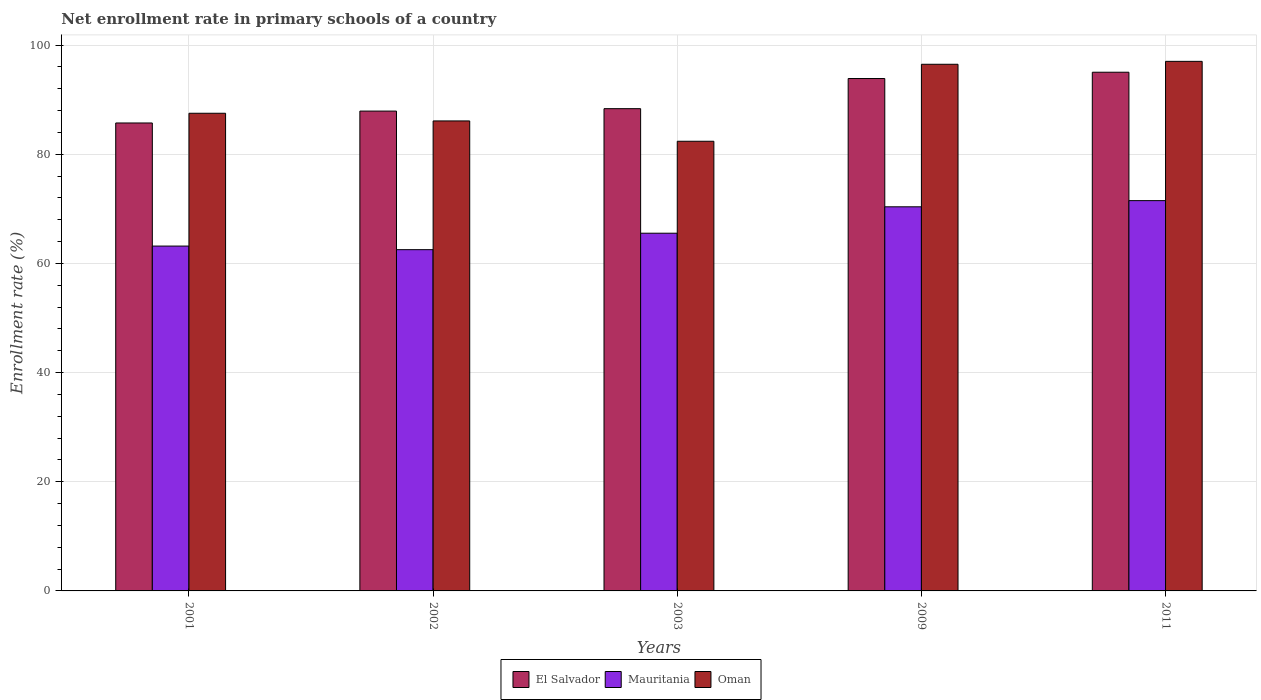
| Years | El Salvador | Mauritania | Oman |
 | --- | --- | --- | --- |
 | 2001 | 85.7 | 63.2 | 87.5 |
 | 2002 | 87.9 | 62.5 | 86.1 |
 | 2003 | 88.4 | 65.5 | 82.4 |
 | 2009 | 93.9 | 70.4 | 96.5 |
 | 2011 | 95 | 71.5 | 97 |